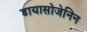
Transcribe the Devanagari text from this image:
डायासोजेनिन